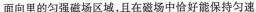
面向里的匀强磁场区域，且在磁场中恰好能保持匀速